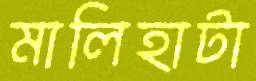
মালিহাটা